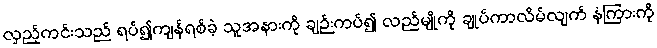
လှည့်ကင်းသည် ရပ်၍ကျန်ရစ်ခဲ့ သူအနားကို ချဉ်းကပ်၍ လည်မျိုကို ချုပ်ကာလိမ်လျက် နံကြားကို